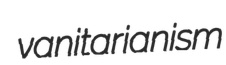
vanitarianism